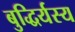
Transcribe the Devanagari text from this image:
बुद्धिर्यस्य